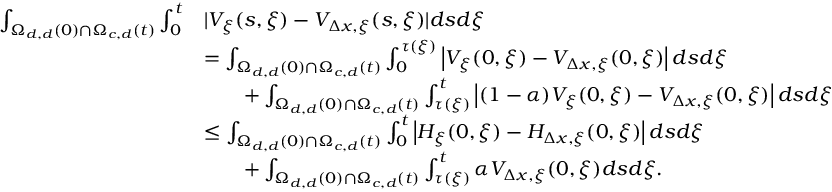
\begin{array} { r l } { \int _ { \Omega _ { d , d } ( 0 ) \cap \Omega _ { c , d } ( t ) } \int _ { 0 } ^ { t } } & { | V _ { \xi } ( s , \xi ) - V _ { \Delta x , \xi } ( s , \xi ) | d s d \xi } \\ & { = \int _ { \Omega _ { d , d } ( 0 ) \cap \Omega _ { c , d } ( t ) } \int _ { 0 } ^ { \tau ( \xi ) } \left| V _ { \xi } ( 0 , \xi ) - V _ { \Delta x , \xi } ( 0 , \xi ) \right| d s d \xi } \\ & { \qquad + \int _ { \Omega _ { d , d } ( 0 ) \cap \Omega _ { c , d } ( t ) } \int _ { \tau ( \xi ) } ^ { t } \left| ( 1 - \alpha ) V _ { \xi } ( 0 , \xi ) - V _ { \Delta x , \xi } ( 0 , \xi ) \right| d s d \xi } \\ & { \leq \int _ { \Omega _ { d , d } ( 0 ) \cap \Omega _ { c , d } ( t ) } \int _ { 0 } ^ { t } \left| H _ { \xi } ( 0 , \xi ) - H _ { \Delta x , \xi } ( 0 , \xi ) \right| d s d \xi } \\ & { \qquad + \int _ { \Omega _ { d , d } ( 0 ) \cap \Omega _ { c , d } ( t ) } \int _ { \tau ( \xi ) } ^ { t } \alpha V _ { \Delta x , \xi } ( 0 , \xi ) d s d \xi . } \end{array}